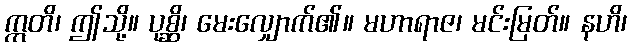
ဣတိ၊ ဤသို့။ ပုစ္ဆိ၊ မေးလျှောက်၏။ မဟာရာဇ၊ မင်းမြတ်။ နဟိ၊